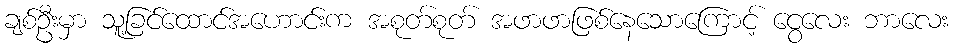
ချစ်ဦးမှာ သူ့ခြင်ထောင်အဟောင်းက အစုတ်စုတ် အဖာဖာဖြစ်နေသောကြောင့် ငွေလေး ဘာလေး